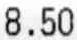
8.50